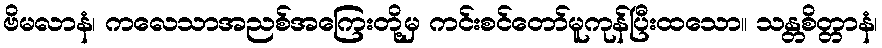
ဗိမလာနံ၊ ကလေသာအညစ်အကြေးတို့မှ ကင်းစင်တော်မူကုန်ပြီးထသော။ သန္တစိတ္တာနံ၊